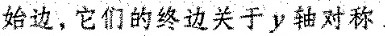
始边，它们的终边关于y轴对称。